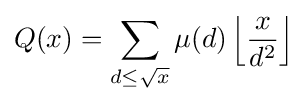
Q(x)=\sum _{d\leq {\sqrt {x}}}\mu (d)\left\lfloor {\frac {x}{d^{2}}}\right\rfloor